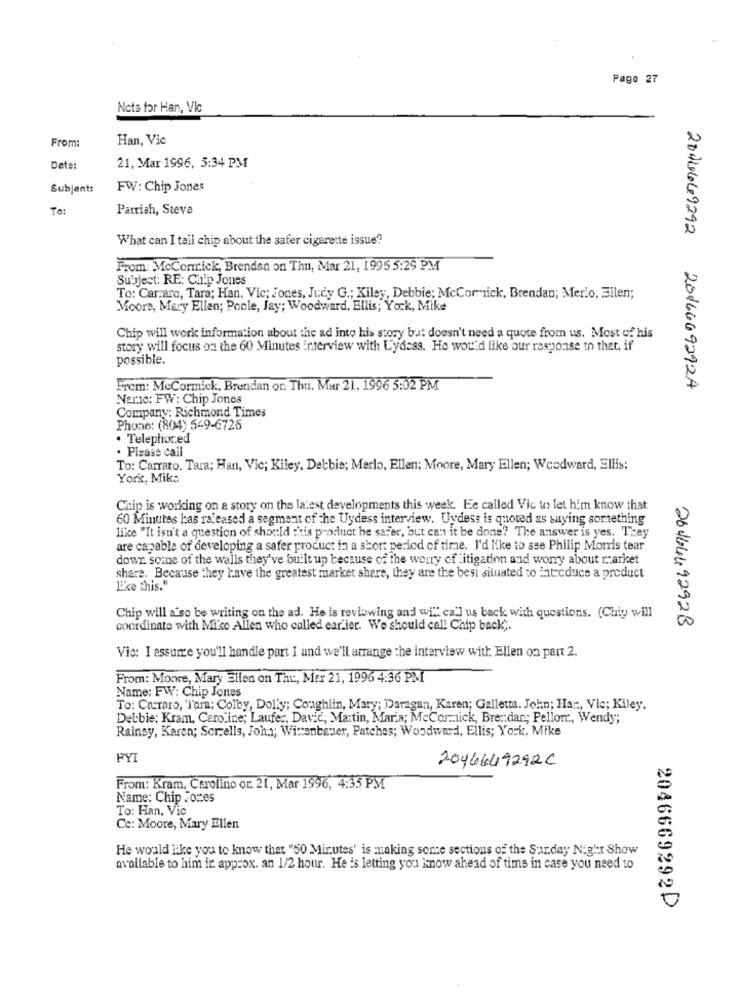
Page 27
Nets for Han, Vic
From:
Han, Vic
Date:
21, Mar 1996, 5:34 PM
Subjent:
FW: Chip Jones
To:
Parrish, Steve
What can I tell chip about the safer cigarette issue?
From: McCormick, Brendan on Thu, Mar 21, 1995 5:29 PM
Subject: RE: Chip Jones
To: Carraro, Tara; Han, Vic; Jones, Judy G .; Kiley, Debbie; McCormick, Brendan; Merlo, Bilen;
Moore, Mary Ellen; Poole, Jay; Woodward. Ellis; York, Mike
Chip will work information about the ad into his story but doesn't need a quote from us. Most of his
story will focus on the 60 Minutes interview with Uydass. He would like our response to thet, if
possible.
From: McCormick, Brendan on Thu, Mar 21, 1996 5:02 PM
2040669292 2016669292A
Neric: FW: Chip Jones
Company: Richmond Times
Phone: (804) 549-6726
. Telephored
. Please call
To: Carraro. Tara; Han, Vic; Kiley, Detbis; Merlo, Ellen; Moore, Mary Ellen; Woodward, Ellis;
York, Miks
Chip is working on a story on the latest developments this week. Ee called Vic to let him know that
60 Minutes has ra cased a segment of the Uydess interview. Uydess is quoted as saying something
like "It isn't a question of should this product he sayer, but can it be done? The answer is yes. They
are capable of developing a safer product in a short period of time. I'd like to sse Philip Morris tear
dowr some of the walls they've built up because of the worry of itigation and worry about r .: arket
share. Because they have the greatest market share, they are the besi situated to introduce a product
like this."
Chip will also be writing on the ad. He is reviewing and wi"" ca'] us back with questions. (Chty will
coordinate with Mike Allen who called ear.ier. We should call Chip back ;.
2646449292B
Vic: I assume you'll handle part I and we'll arrange the interview with Ellen on part 2.
From: Moore, Mary Ellen on Thu, Mer 21, 1996 4:36 PM
Name: FW: Chip Jones
To: Cruraro, "Tara; Colby, Dolly; Coughlin, Mary; Daregan, Karen; Galletta. John; Han, Vie; Kiley.
Debbie; Kram, Caroline; Laufer, Davic, Martin, Maria; McCormick, Brendan; Pellor ., Wendy;
Rainsy, Karen; Sorrells, John; Wittenbauer, Patches; Woodward, Ellis; York, Mike
PY
2096649292C
From: Kram, Carolino or. 21, Mar 1996, 4:35 PM
Name: Chip .ozes
To: Han, Vic
Cc: Moore, Mary Ellen
He would like you to know that "50 Minutes" is making serce sections of the Surday Night Show
available to him ir approx. an 1/2 hour. He is letting you know ahead of time in case you need to
2046669292D